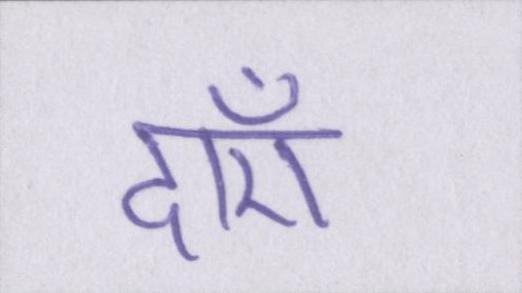
दाएँ